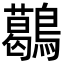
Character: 𪆰